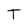
Character: T